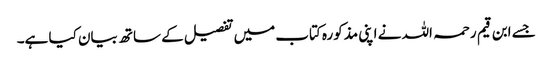
جسے ابن قیم رحمہ اللہ نے اپنی مذکورہ کتاب میں تفصیل کے ساتھ بیان کیا ہے۔